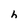
Character: h